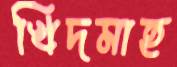
খিদমাহ